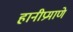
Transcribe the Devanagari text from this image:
हानीप्रमाणे